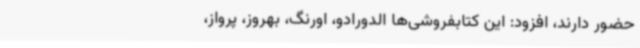
حضور دارند، افزود: این کتابفروشی‌ها الدورادو، اورنگ، بهروز، پرواز،